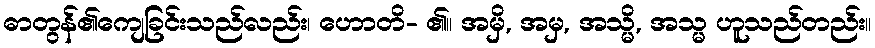
ဓာတွန်၏ကျေခြင်းသည်လည်း၊ ဟောတိ- ၏။ အမှိ, အမှ, အသ္မိ, အသ္မ ဟူသည်တည်း။